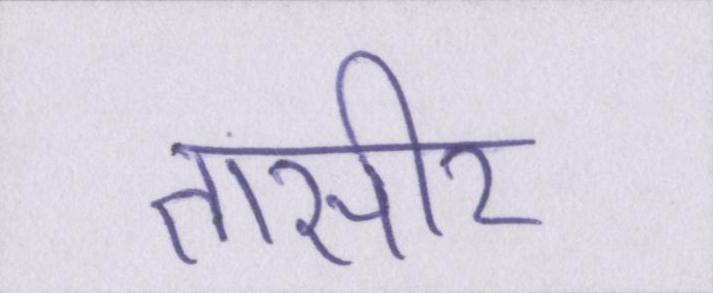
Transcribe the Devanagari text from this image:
तासीर